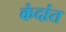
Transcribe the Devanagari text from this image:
कंदांत